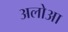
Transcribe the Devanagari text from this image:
अलोआ